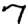
Digit: 7